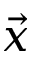
\vec { x }